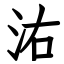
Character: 㳓